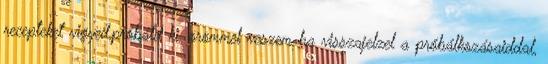
recepteket vigyed,próbáld ki, örömmel veszem ha visszajelzel a próbálkozásaiddal,